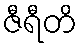
ဇီရီတိ